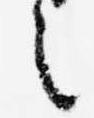
之